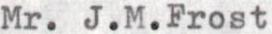
Mr. J.M.Frost